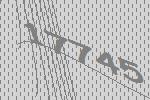
17745